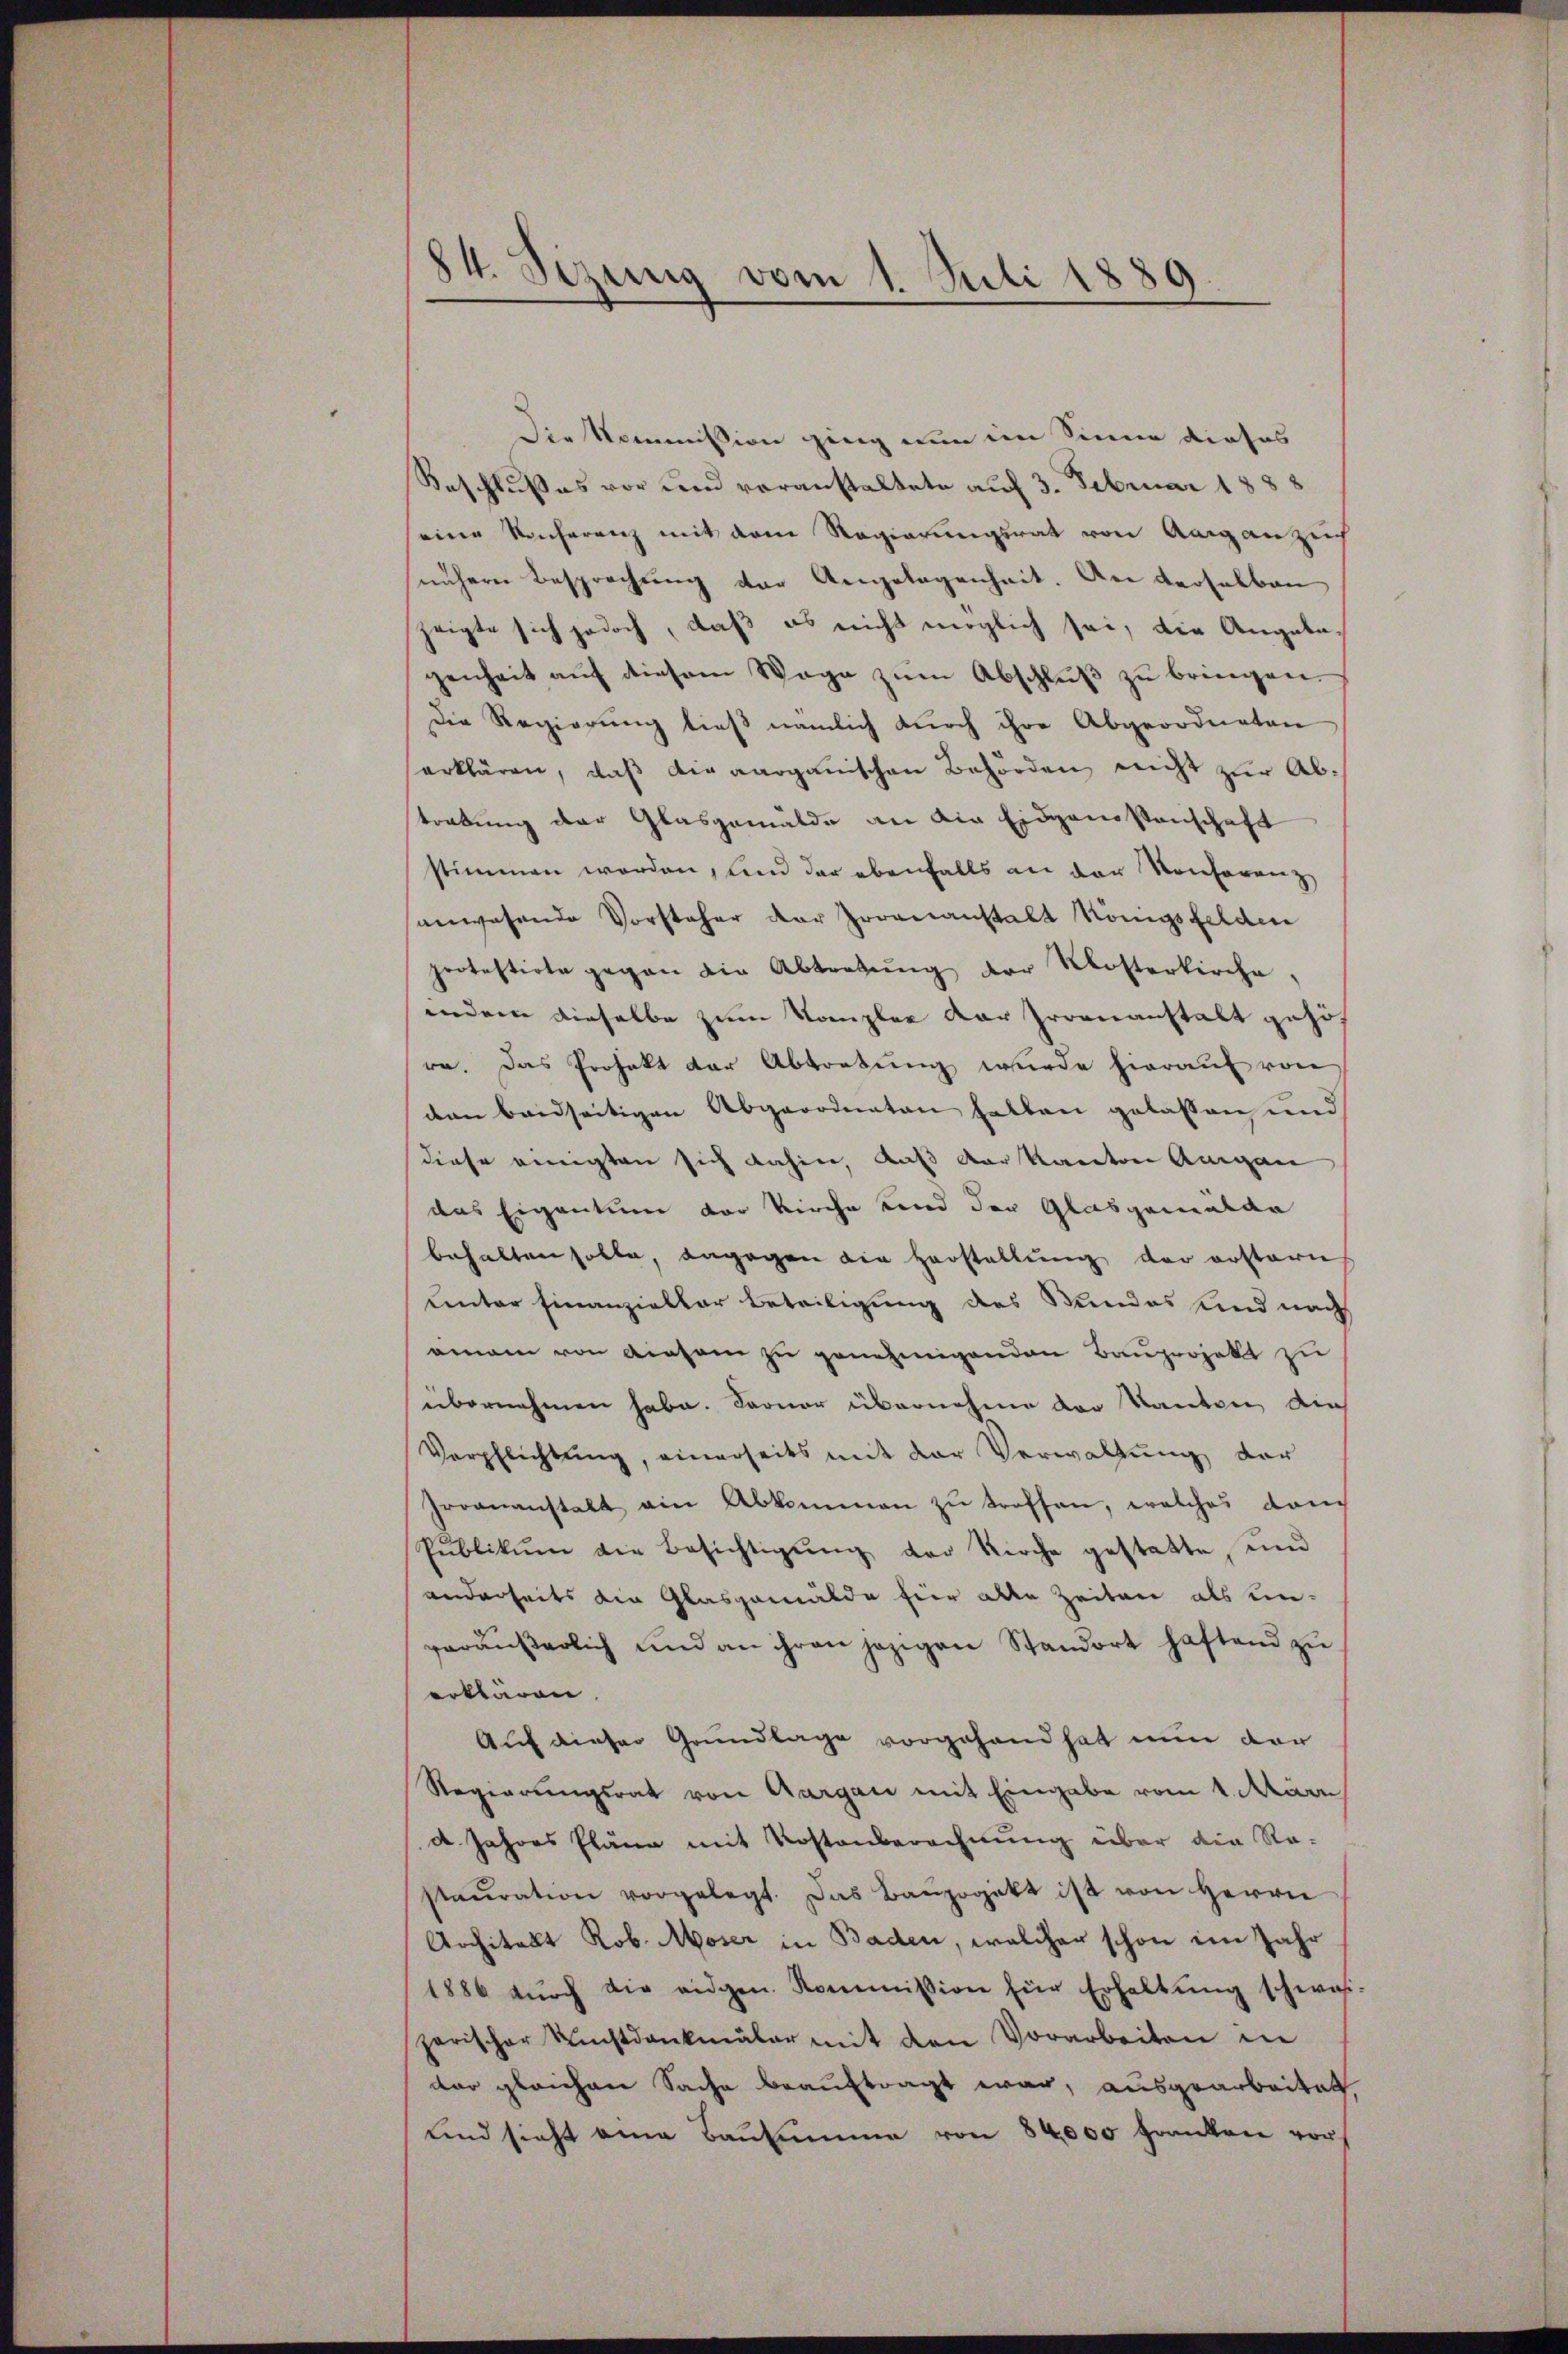
84. Sizung vom 1. Juli 1889.

Die Kommission ging nun im Sinne dieses
Beschlusses vor und voranstaltete auf 3. Februar 1888
eine Konferenz mit dem Regierungsrat von Aarganzen
nähere Besprechung der Angelegenheit. An derselben
zeigte sich jedoch, daß es nicht möglich sei, die Angabegenheit auf diesem Wage zum Abschluß zu bringen.
Die Regierung ließ nämlich durch ihre Abgeordneten
erklären, daß die aargauischen Behörden nicht zur Abtrebung der Glasgemälde an die Eidgenossenschaft
stimmen worden, und der ebenfalls an der Konferenz
anwesende Vorsteher der Irrenanstalt Königsfelden
protestirte gegen die Abtretŭng der Mosterkirche,
wiedene dieselbe zum Kompler der Gromnanstalt gehö
re. Das Projekt der Abtretung wurde hierauf von
den beidseitigen Abgeordneten hatten gelassen und
diese einigten sich dahin, daß der Kanton Augen
das Eigentum vor Kirche und der Glasgemalan
behalten solle, dagegen die Herstellung der erstern
uinter Finanzieller Beteiligung des Stundes und nach
ainam von Ainsam zu genehmigenden Bauprojekt zu
übernehmen habe. Ferner übernehme der Kanton, die
Verpflichtŭng, einerseits mit der Verwaltŭng der
Proananstalt ein Abkommen zu treffen, welches dem
Pŭblikŭm die Besichtigŭng der Kirche gestatte, und
anderheits die Glasgemälde für alle Zeiten als un-
geräŭβerlich und an ihren jezigen Standort haftend zu
erklären,
Auf dieser Grundlage vorgehand hat nun dar
Regierungsrat von Aargau mit Eingabe vom 1. Mari
d. Jahres Pläne mit Kostenberechnung über die Re-
staŭration vorgelegt. Das Bangogikt ist von Herrn
Architalt Rob. Moser in Baden, welcher schon im Jahr
1886 dŭrch die eidgen. Kommission für Erhaltŭng schwas-
parischer Kunstdankmaler mit den Vorarbeiten in
der gleichen Sache beauftragt war, ausgearbeitet
und sieht am Bausumme von 84000 Franken vor